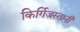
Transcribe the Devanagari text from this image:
किर्गिज़स्तानी